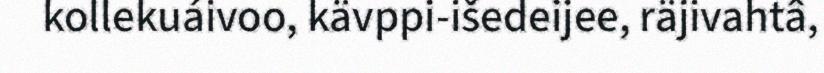
kollekuáivoo, kävppi-išedeijee, räjivahtâ,